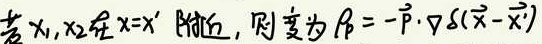
若 $\chi_1,\chi_2$ 在 $x = x'$ 附近，则 $\dot{\beta}=-\dot{\vec{p}}\cdot\nabla\delta(\vec{x}-\vec{x}')$